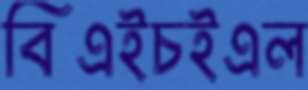
বিএইচইএল